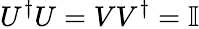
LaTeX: U^{\dagger}U=VV^{\dagger}=\mathbb{I}